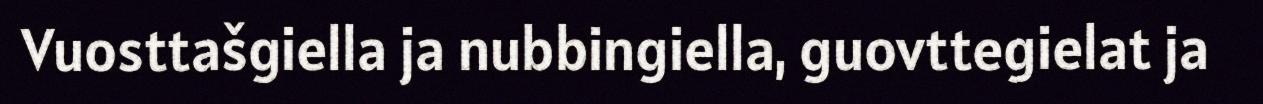
Vuosttašgiella ja nubbingiella, guovttegielat ja